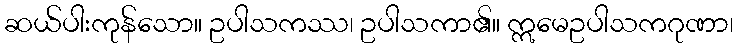
ဆယ်ပါးကုန်သော။ ဥပါသကဿ၊ ဥပါသကာ၏။ ဣမေဥပါသကဂုဏာ၊